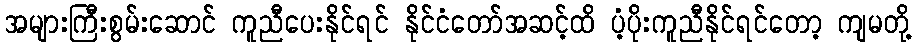
အများကြီးစွမ်းဆောင် ကူညီပေးနိုင်ရင် နိုင်ငံတော်အဆင့်ထိ ပံ့ပိုးကူညီနိုင်ရင်တော့ ကျမတို့